Report of an investigation into the causes of the diseases known in Assam as Kála-Azár and Beri-Beri
Disease focus: Beri-Beri
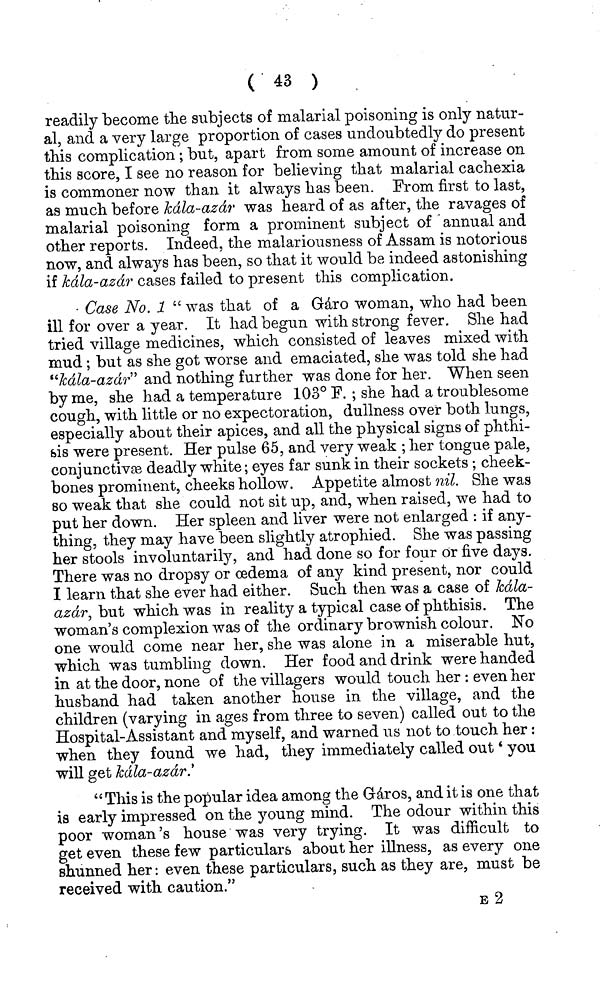
( 43 )
readily become the subjects of malarial poisoning is only natur-
al, and a very large proportion of cases undoubtedly do present
this complication ; but, apart from some amount of increase on
this score, I see no reason for believing that malarial cachexia
is commoner now than it always has been. From first to last,
as much before kala-azar was heard of as after, the ravages of
malarial poisoning form a prominent subject of annual and
other reports. Indeed, the malariousness of Assam is notorious
now, and always has been, so that it would be indeed astonishing
if kala-azar cases failed to present this complication.
Case No. 1 " was that of a Gáro woman, who had been
ill for over a year. It had begun with strong fever. She had
tried village medicines, which consisted of leaves mixed with
mud; but as she got worse and emaciated, she was told she had
"kala-azar" and nothing further was done for her. When seen
by me, she had a temperature 103° F. ; she had a troublesome
cough, with little or no expectoration, dullness over both lungs,
especially about their apices, and all the physical signs of phthi-
sis were present. Her pulse 65, and very weak ; her tongue pale,
conjunctivæ deadly white; eyes far sunk in their sockets ; cheek-
bones prominent, cheeks hollow. Appetite almost nil. She was
so weak that she could not sit up, and, when raised, we had to
put her down. Her spleen and liver were not enlarged : if any-
thing, they may have been slightly atrophied. She was passing
her stools involuntarily, and had done so for four or five days.
There was no dropsy or oedema of any kind present, nor could
I learn that she ever had either. Such then was a case of kala-
azár, but which was in reality a typical case of phthisis. The
woman's complexion was of the ordinary brownish colour. No
one would come near her, she was alone in a miserable hut,
which was tumbling down. Her food and drink were handed
in at the door, none of the villagers would touch her : even her
husband had taken another house in the village, and the
children (varying in ages from three to seven) called out to the
Hospital-Assistant and myself, and warned us not to touch her:
when they found we had, they immediately called out ' you
will get kala-azár.'
"This is the popular idea among the Gáros, and it is one that
is early impressed on the young mind. The odour within this
poor woman's house was very trying. It was difficult to
get even these few particulars about her illness, as every one
shunned her: even these particulars, such as they are, must be
received with caution."
E 2